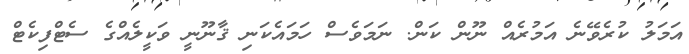
އަމަލު ކުރެވޭނެ އަމުރެއް ނޫން ކަން. ނަމަވެސް ހަމައެކަނި ޤާނޫނީ ވަކީލެއްގެ ސެޓްފިކެޓް